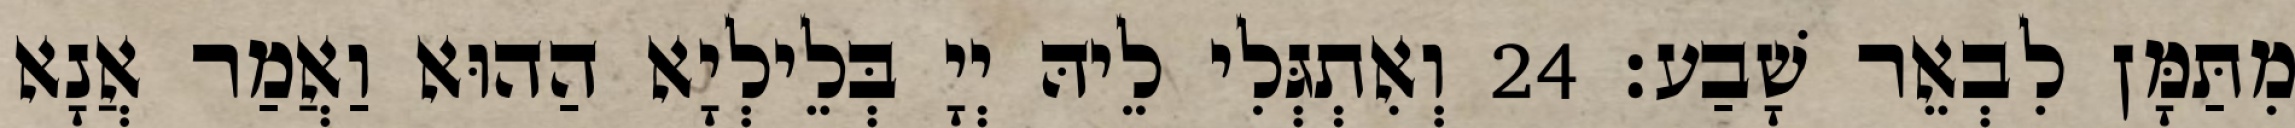
מִתַּמָּן לִבְאֵר שָׁבַע׃ 24 וְאִתְגְּלִי לֵיהּ יְיָ בְּלֵילְיָא הַהוּא וַאֲמַר אֲנָא